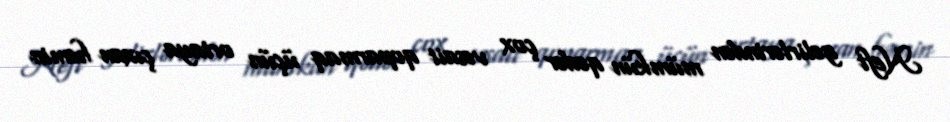
Neft gəlirlərindən mümkün qədər çox vəsait qoparmaq üçün ortaya çıxan həmin